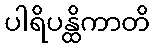
ပါရိပန္ထိကာတိ